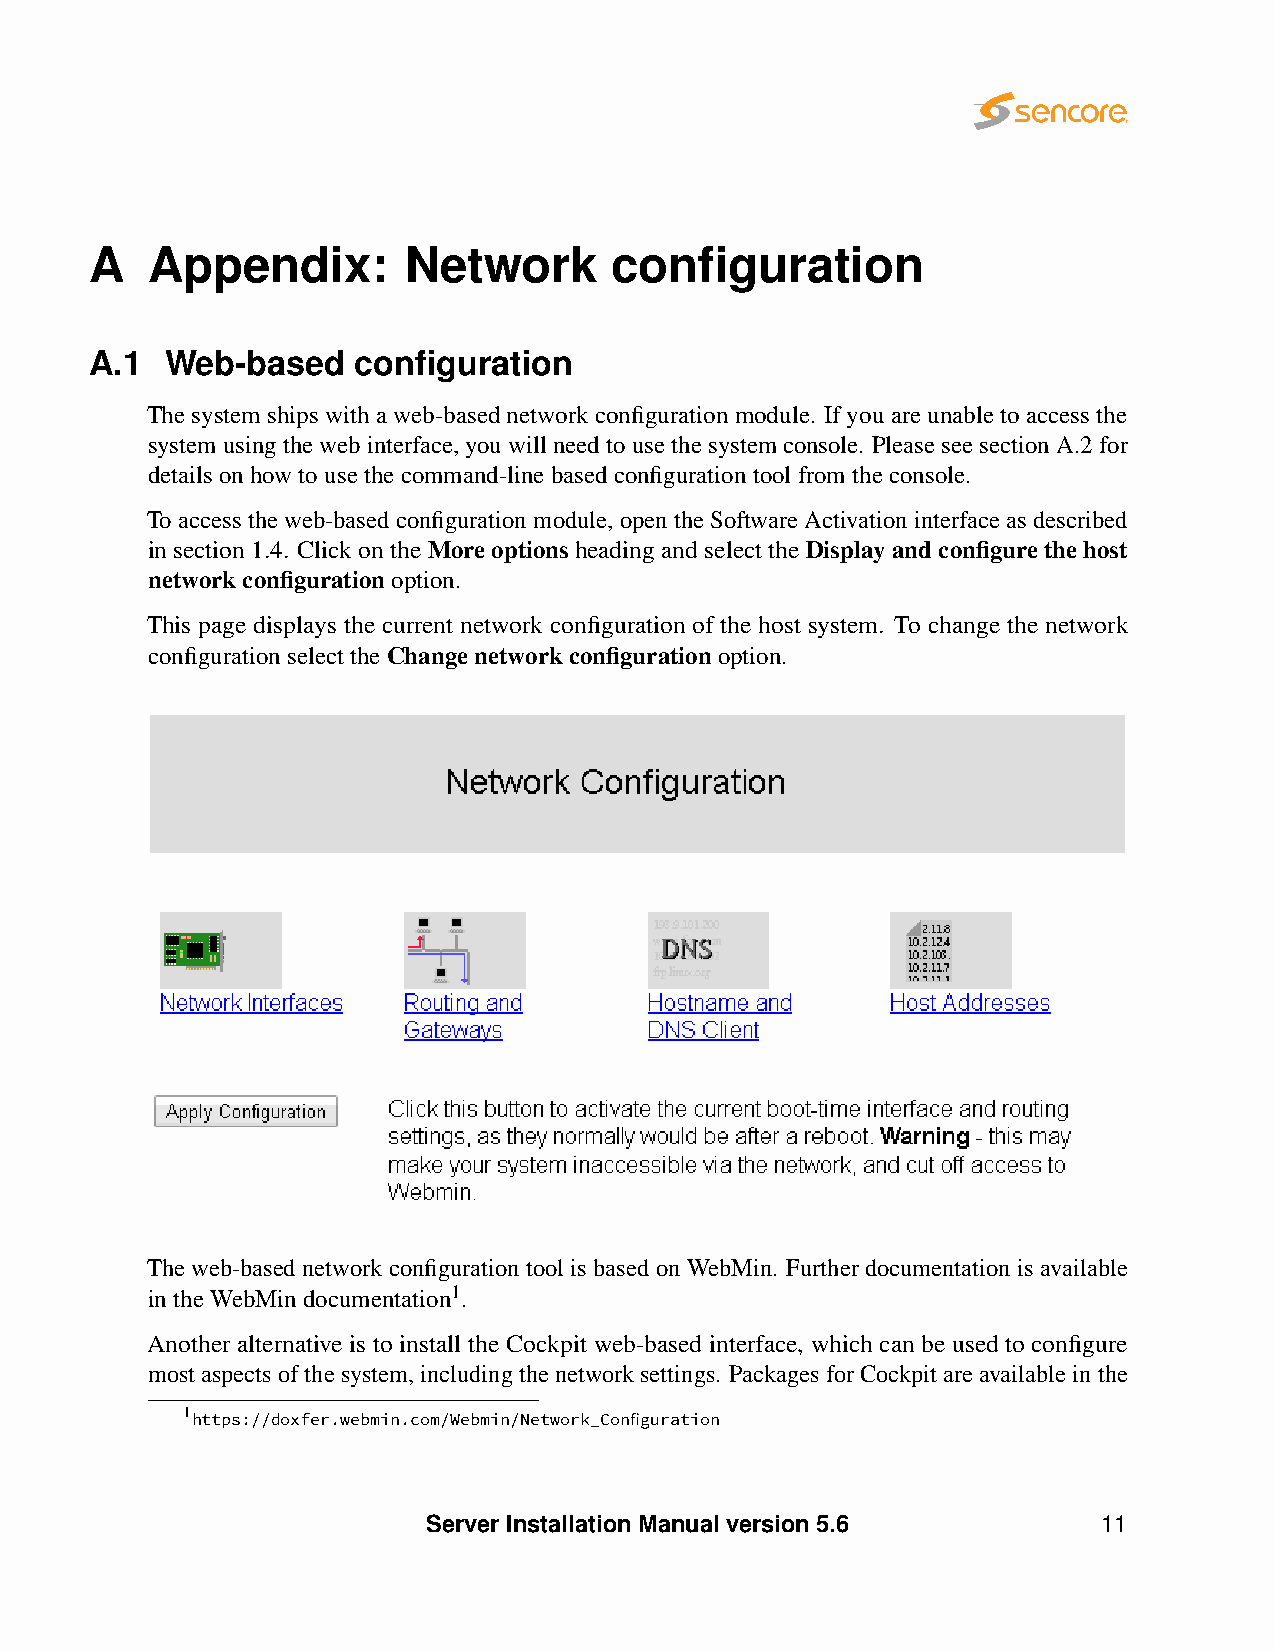
A   Appendix:        Network      configuration
 A.1  Web-based    configuration
 Thesystemshipswithaweb-basednetworkconfigurationmodule. Ifyouareunabletoaccessthe
 systemusingthewebinterface,youwillneedtousethesystemconsole. PleaseseesectionA.2for
 detailsonhowtousethecommand-linebasedconfigurationtoolfromtheconsole.
 To access the web-based configurationmodule, open theSoftware Activationinterface as described
 insection1.4. ClickontheMoreoptionsheadingandselecttheDisplayandconfigurethehost
 networkconfigurationoption.
 This page displays the current network configuration of the host system. To change the network
 configurationselecttheChangenetworkconfigurationoption.
 Theweb-basednetworkconfigurationtoolisbasedonWebMin. Furtherdocumentationisavailable
 intheWebMindocumentation1.
 Another alternative is to install the Cockpit web-based interface, which can be used to configure
 mostaspectsofthesystem,includingthenetworksettings. PackagesforCockpitareavailableinthe
 1https://doxfer.webmin.com/Webmin/Network_Configuration
 Server Installation Manual version 5.6       11